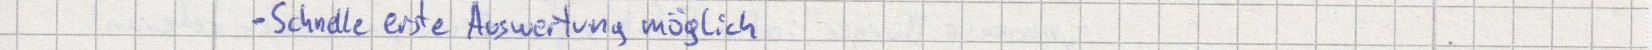
- Schnelle erste Auswertung möglich